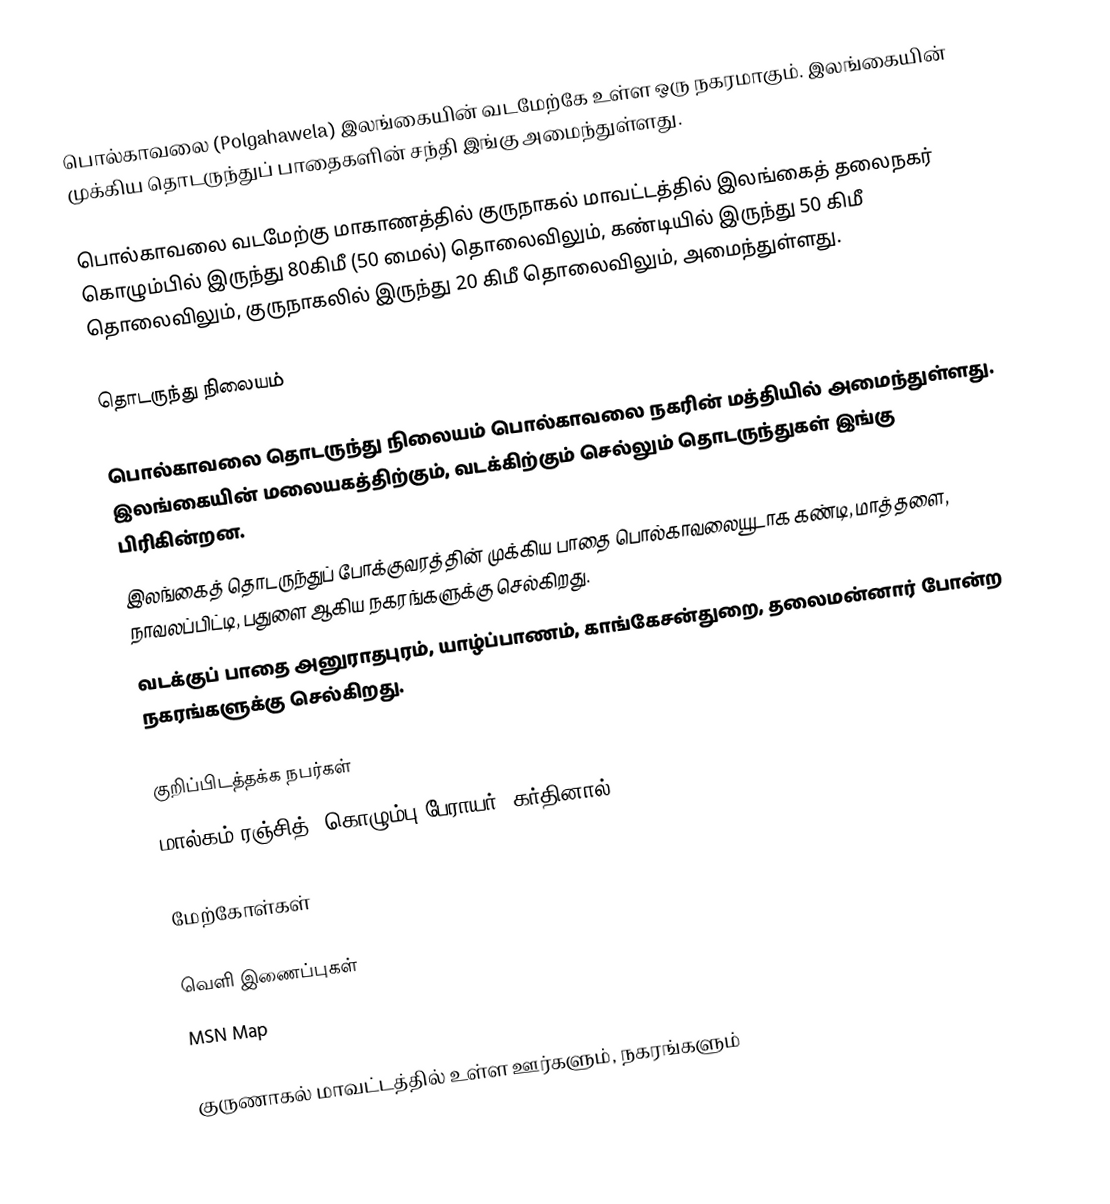
பொல்காவலை (Polgahawela) இலங்கையின் வடமேற்கே உள்ள ஒரு நகரமாகும். இலங்கையின் முக்கிய தொடருந்துப் பாதைகளின் சந்தி இங்கு அமைந்துள்ளது.

பொல்காவலை வடமேற்கு மாகாணத்தில் குருநாகல் மாவட்டத்தில் இலங்கைத் தலைநகர் கொழும்பில் இருந்து 80கிமீ (50 மைல்) தொலைவிலும், கண்டியில் இருந்து 50 கிமீ தொலைவிலும், குருநாகலில் இருந்து 20 கிமீ தொலைவிலும், அமைந்துள்ளது.

தொடருந்து நிலையம்

பொல்காவலை தொடருந்து நிலையம் பொல்காவலை நகரின் மத்தியில் அமைந்துள்ளது. இலங்கையின் மலையகத்திற்கும், வடக்கிற்கும் செல்லும் தொடருந்துகள் இங்கு பிரிகின்றன.
இலங்கைத் தொடருந்துப் போக்குவரத்தின் முக்கிய பாதை பொல்காவலையூடாக கண்டி, மாத்தளை, நாவலப்பிட்டி, பதுளை ஆகிய நகரங்களுக்கு செல்கிறது.
வடக்குப் பாதை அனுராதபுரம், யாழ்ப்பாணம், காங்கேசன்துறை, தலைமன்னார் போன்ற நகரங்களுக்கு செல்கிறது.

குறிப்பிடத்தக்க நபர்கள்
 மால்கம் ரஞ்சித், கொழும்பு பேராயர், கர்தினால்

மேற்கோள்கள்

வெளி இணைப்புகள்
 MSN Map

குருணாகல் மாவட்டத்தில் உள்ள ஊர்களும், நகரங்களும்